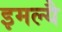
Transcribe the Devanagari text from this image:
इमल्यै